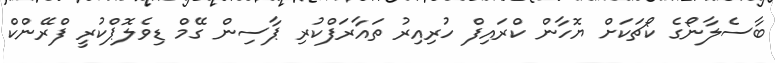
ބާސެލާނޯގެ ކޯޗަކަށް ޔޮހާން ކްރައިފް ހުރިއިރު ތައާރަފްކުރި ޕާސިން ގޭމް ޑިވެލޮޕްކުރީ ފްރޭންކް